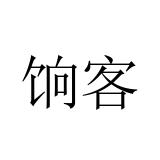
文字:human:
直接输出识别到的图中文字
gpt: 饷客